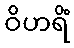
ဝိဟရိံ